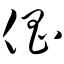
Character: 倡